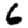
Digit: 6